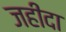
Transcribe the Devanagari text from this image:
जहीदा